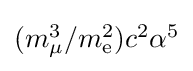
{\textstyle (m_{\mu }^{3}/m_{\mathrm {e} }^{2})c^{2}\alpha ^{5}}